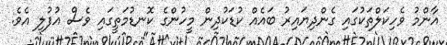
އާންމު ވެހިކަލްތަކުގައި ގެންދިޔައިރު ބައެއް ކުޑަކުދިން މީހުންގެ ކޮނޑުމަތީގައި ވެސް އުފުލި އެވެ.